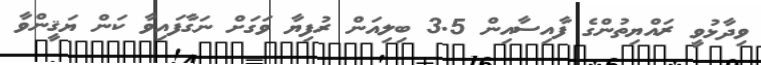
ވިދާޅުވީ ރައްޔިތުންގެ ފާއިސާއިން 3.5 ބިލިއަން ރުފިޔާ ވަގަށް ނަގާފައިވާ ކަން ޔަޤީންވާ